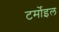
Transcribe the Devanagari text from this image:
टर्मोइल